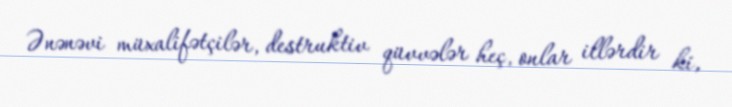
Ənənəvi müxalifətçilər, destruktiv qüvvələr heç, onlar illərdir ki,